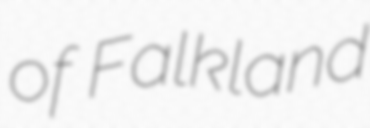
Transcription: of Falkland